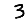
Digit: 3